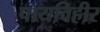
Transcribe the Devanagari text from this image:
पायविहीर